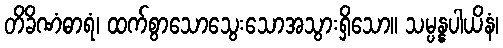
တိခိဏံဓာရံ၊ ထက်စွာသောသွေးသောအသွားရှိသော။ သမ္ပန္နပါယိနံ၊